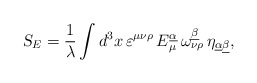
\begin{align*}\mbox{\sl S}_{E} = {1\over \lambda} \int d^{3}x \,\varepsilon^{\mu\nu\rho} \, E^{\underline{\alpha}}_{\mu} \,\omega^{\underline{\beta}}_{\nu\rho} \, \eta_{\underline{\alpha}\underline{\beta}},\end{align*}